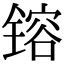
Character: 镕